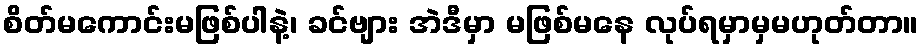
စိတ်မကောင်းမဖြစ်ပါနဲ့၊ ခင်ဗျား အဲဒီမှာ မဖြစ်မနေ လုပ်ရမှာမှမဟုတ်တာ။